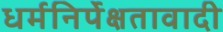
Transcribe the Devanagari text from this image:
धर्मनिर्पेक्षतावादी